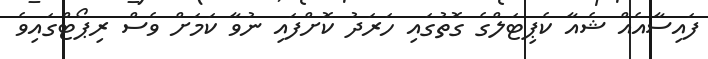
ފައިސާއެއް ޝެއާ ކެޕިޓަލްގެ ގޮތުގައި ހަރަދު ކޮށްފައި ނުވާ ކަމަށް ވެސް ރިޕޯޓްގައިވެ